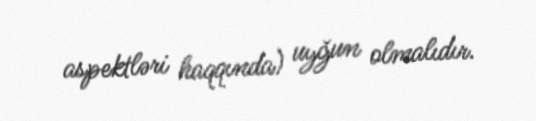
aspektləri haqqında) uyğun olmalıdır.